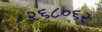
૨૬૮૦૬૨